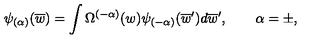
\psi _ { ( \alpha ) } ( \overline { { w } } ) = \int \Omega ^ { ( - \alpha ) } ( w ) \psi _ { ( - \alpha ) } ( \overline { { w } } ^ { \prime } ) d \overline { { w } } ^ { \prime } , \qquad \alpha = \pm ,